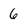
Character: 6